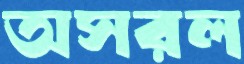
অসরল